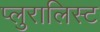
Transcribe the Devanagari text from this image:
प्लुरालिस्ट